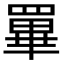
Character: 罼